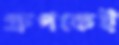
গ্রুপকেই